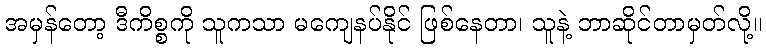
အမှန်တော့ ဒီကိစ္စကို သူကသာ မကျေနပ်နိုင် ဖြစ်နေတာ၊ သူနဲ့ ဘာဆိုင်တာမှတ်လို့။